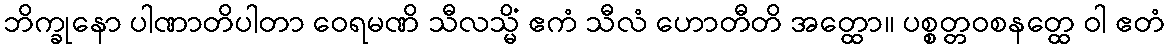
ဘိက္ခုနော ပါဏာတိပါတာ ဝေရမဏိ သီလသ္မိံ ဧကံ သီလံ ဟောတီတိ အတ္ထော။ ပစ္စတ္တဝစနတ္ထေ ဝါ ဧတံ